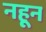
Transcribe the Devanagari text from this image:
नहून